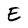
Character: E